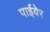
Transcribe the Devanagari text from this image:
पाईयेर